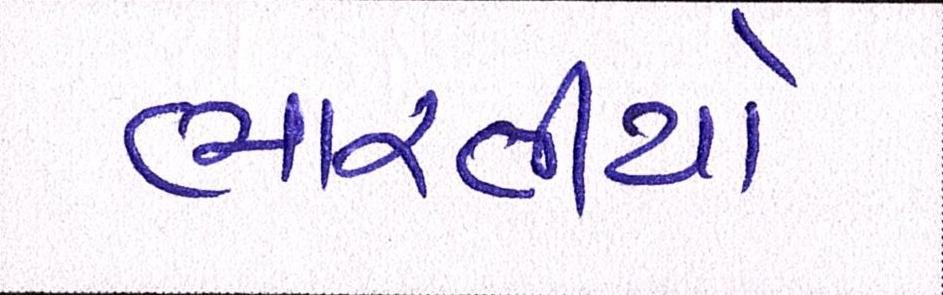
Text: ભારતીયો